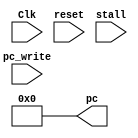
`timescale 1ns / 1ps
//IF

module PC(
	input [31:0] pc_write,
	input Clk,
	input reset,
	input stall,
	output reg [31:0] pc
    );
	
	always @ (negedge Clk)
	begin
		if(reset == 0&&stall == 0) pc <= pc_write;
	end
	
	always @ (reset)
	begin
		if(reset == 1) pc = 0;
	end
	
	initial begin
	pc = 0;
	end
endmodule